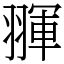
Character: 𦑩